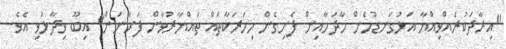
"އިރާދަކުރެއްވިއްޔާ އަޅުގަނޑުމެން މާދަމާއިން ފެށިގެން މިހަރަކާތައް ތައްޔާރުވާން ފަށާނަން" އިބޫ ވިދާޅުވި އެވެ.